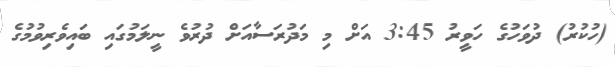
(ހުކުރު) ދުވަހުގެ ހަވީރު 3:45 އަށް މި މަދުރަސާއަށް ދުރުވެ ނީލަމުގައި ބައިވެރިވުމުގެ